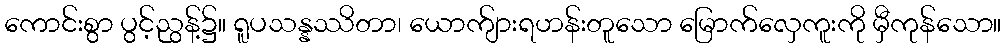
ကောင်းစွာ ပွင့်ညွန့်၌။ ရူပသန္နဿိတာ၊ ယောက်ျားရဟန်းတူသော မြောက်လှေကူးကို မှီကုန်သော။